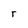
Character: r